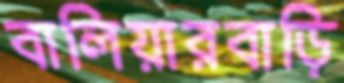
বালিয়ারবাড়ি